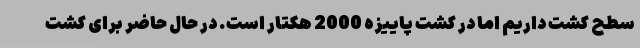
سطح کشت داریم اما در کشت پاییزه 2000 هکتار است. در حال حاضر برای کشت